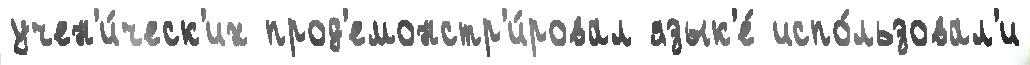
учен'и́ческ'их прод'емонстр'и́ровал язык'е́ испо́льзовал'и